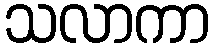
သလာကာ